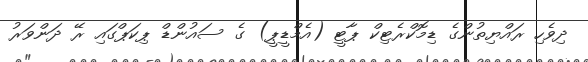
ދިވެހި ރައްޔިތުންގެ ޑިމޮކްރެޓިކް ޕާޓީ (އެމްޑީޕީ) ގެ ސައުންޑް ޕިކަޕްގައި ރޭ ދަންވަރު